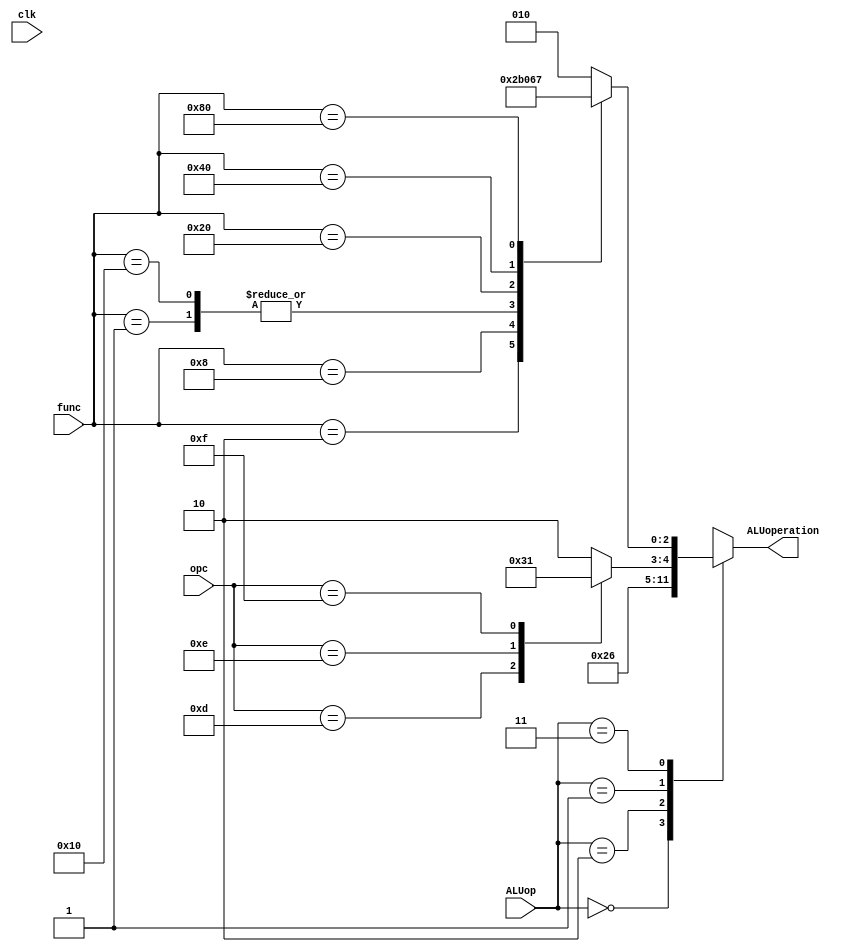
`timescale 1ns/1ns
module ALUcontrol(input [8:0] func, input [3:0] opc,input clk,input [1:0] ALUop,output reg [2:0] ALUoperation);
	always @(clk) begin
		ALUoperation = 3'b010;
		case(ALUop)
			2'b00: ALUoperation = 3'b010;
			2'b10: ALUoperation = 3'b011;
			2'b01: begin
				case(opc)
					4'b1100:ALUoperation = 3'b010;
					4'b1101:ALUoperation = 3'b011;
					4'b1110:ALUoperation = 3'b000;
					4'b1111:ALUoperation = 3'b001;
				 endcase
				end
				
			2'b11: begin
				case(func)
					9'b000000001:ALUoperation = 3'b000;
					9'b000000010:ALUoperation = 3'b101;
					9'b000000100:ALUoperation = 3'b010;
					9'b000001000:ALUoperation = 3'b011;
					9'b000010000:ALUoperation = 3'b000;
					9'b000100000:ALUoperation = 3'b001;
					9'b001000000:ALUoperation = 3'b100;
					9'b010000000:ALUoperation = 3'b111;
				endcase
				end
		endcase 
	end 
endmodule